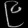
Digit: ၉